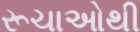
રૂચાઓથી